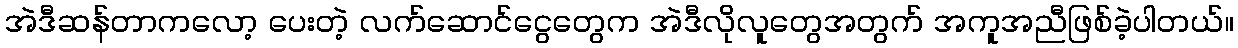
အဲဒီဆန်တာကလော့ ပေးတဲ့ လက်ဆောင်ငွေတွေက အဲဒီလိုလူတွေအတွက် အကူအညီဖြစ်ခဲ့ပါတယ်။